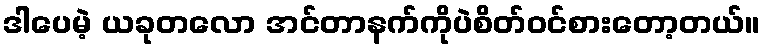
ဒါပေမဲ့ ယခုတလော အင်တာနက်ကိုပဲစိတ်ဝင်စားတော့တယ်။